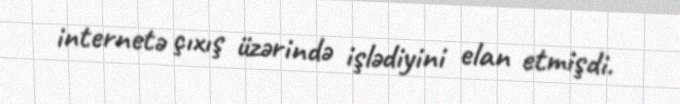
internetə çıxış üzərində işlədiyini elan etmişdi.